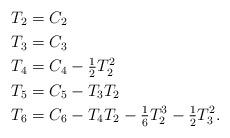
LaTeX: \begin{align*}T_2 &= C_2\\T_3 &= C_3\\T_4 &= C_4 - \tfrac12 T_2^2\\T_5 &= C_5 - T_3 T_2\\T_6 &= C_6 - T_4 T_2 - \tfrac16 T_2^3 - \tfrac12 T_3^2.\end{align*}